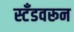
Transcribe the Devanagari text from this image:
स्टँडवरून